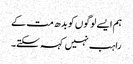
ہم ایسے لوگوں کو بدھ مت کے
راہب نہیں کہہ سکتے۔